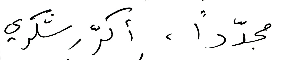
مجدّداً ، أكرّر شكري